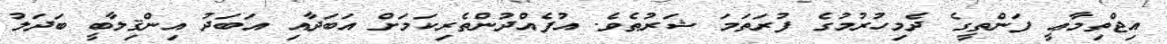
އިޖްތިމާޢީ ފަންތީގެ ދެމިހުރުމުގެ ފުރަތަމަ ޝަރުޠެވެ. އުފެއްދުންތެރިކަމަށް އަބަދާއި އަބަދު އިންޤިލާބީ ބަދަލު